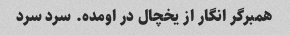
همبرگر انگار از یخچال در اومده. سرد سرد